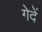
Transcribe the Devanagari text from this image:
गेदें